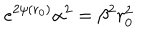
LaTeX: e ^ { 2 \psi ( r _ { 0 } ) } \alpha ^ { 2 } = \beta ^ { 2 } r _ { 0 } ^ { 2 }